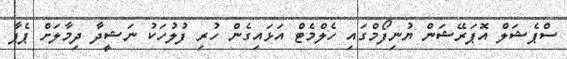
ސްޕެޝަލް އޮޕަރޭޝަން ޔުނިފޯމްގައި ހެލްމެޓް އަޅައިގެން ހުރި ފުލުހަކު ނަޝީދާ ދިމާލަށް ޕެޕާ